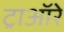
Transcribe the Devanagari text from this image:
ट्राऑरे